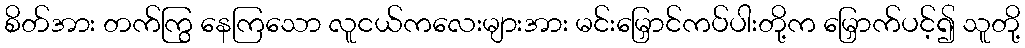
စိတ်အား တက်ကြွ နေကြသော လူငယ်ကလေးများအား မင်းမြှောင်ကပ်ပါးတို့က မြှောက်ပင့်၍ သူတို့